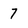
Character: 7